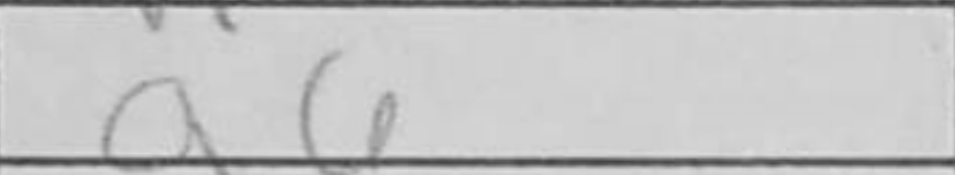
Transcription: a6